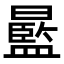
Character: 𣋣